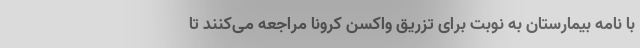
با نامه بیمارستان به نوبت برای تزریق واکسن کرونا مراجعه می‌کنند تا